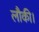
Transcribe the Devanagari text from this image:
लौकी।